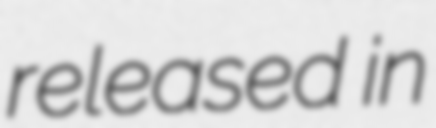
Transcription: released in